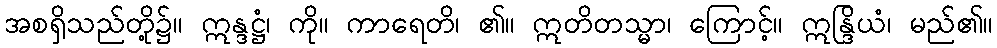
အစရှိသည်တို့၌။ ဣန္ဒဋ္ဌံ၊ ကို။ ကာရေတိ၊ ၏။ ဣတိတသ္မာ၊ ကြောင့်။ ဣန္ဒြိယံ၊ မည်၏။